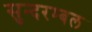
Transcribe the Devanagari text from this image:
सुन्दरम्बल